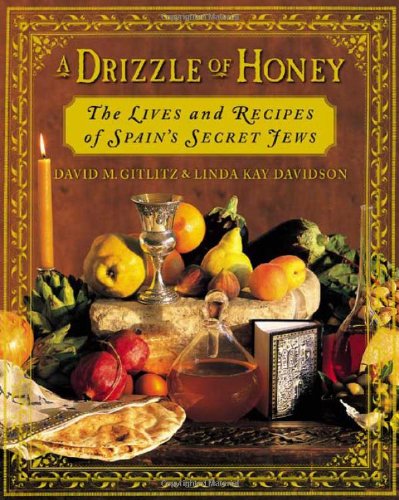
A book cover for A Drizzle of Honey : The Lives and Recipes of Spain's Secret Jews; David M. Gitlitz; Cookbooks, Food & Wine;